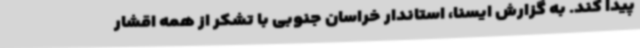
پیدا کند. به گزارش ایسنا، استاندار خراسان جنوبی با تشکر از همه اقشار